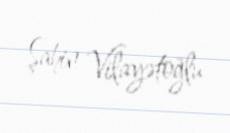
Şahin Vilayətoğlu